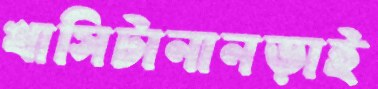
খাসিটানানড়াই